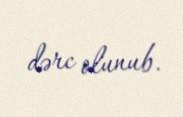
dərc olunub.